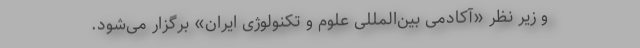
و زیر نظر «آکادمی بین‌المللی علوم و تکنولوژی ایران» برگزار می‌شود.